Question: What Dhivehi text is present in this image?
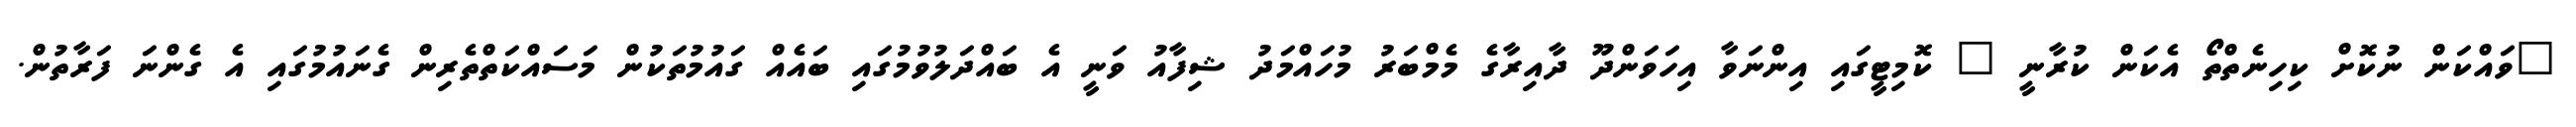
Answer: "ވައްކަން ނުކޮށް ކިހިނެތްތޯ އެކަން ކުރާނީ " ކޮމިޓީގައި އިންނަވާ އިހަވަންދޫ ދާއިރާގެ މެމްބަރު މުހައްމަދު ޝިފާއު ވަނީ އެ ބައްދަލުވުމުގައި ބައެއް ގައުމުތަކުން މަސައްކަތްތެރިން ގެނައުމުގައި އެ ގެންނަ ފަރާތުން.